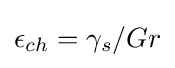
\epsilon _{ch}=\gamma _{s}/Gr